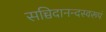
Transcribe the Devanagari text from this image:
सच्चिदानन्दस्वरूपं